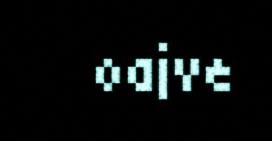
oajve